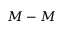
M - M